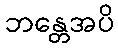
ဘန္တေအပိ